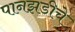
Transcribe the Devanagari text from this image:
पानझडीचे